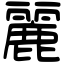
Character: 麗